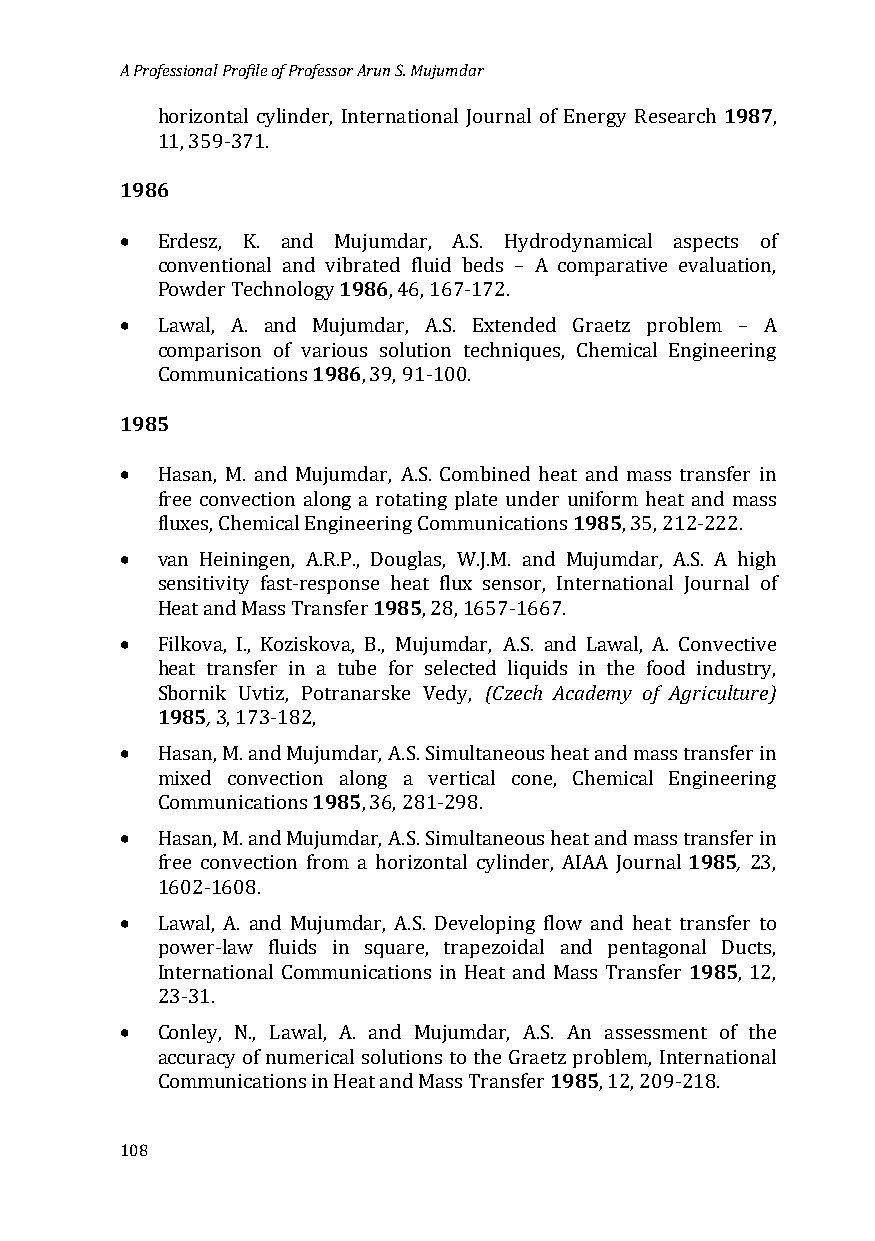
A Professional Profile of Professor Arun S. Mujumdar
 1987
 horizontal cylinder, International Journal of Energy Research ,
 198611 , 359-371.
 •
 Erdesz, K. and M1u9j8u6mdar, A.S. Hydrodynamical aspects of
 conventional and vibrated fluid beds – A comparative evaluation,
 •
 Powder Technology , 46, 167-172.
 Lawal, A. and M19u8ju6mdar, A.S. Extended Graetz problem – A
 comparison of various solution techniques, Chemical Engineering
 1985Co mmunications , 39, 91-100.
 •
 Hasan, M. and Mujumdar, A.S. Combined heat1 9an8d5 mass transfer in
 free convection along a rotating plate under uniform heat and mass
 •
 fluxes, Chemical Engineering Communications , 35, 212-222.
 van Heiningen, A.R.P., D1o9u8g5las, W.J.M. and Mujumdar, A.S. A high
 sensitivity fast-response heat flux sensor, International Journal of
 •
 Heat and Mass Transfer , 28, 1657-1667.
 Filkova, I., Koziskova, B., Mujumdar(,C Aze.Sc.h aAndca dLeamwya l,o Af .A Cgorincvueltcutirvee)
 h1e9a8t5 ,transfer in a tube for selected liquids in the food industry,
 Sbornik Uvtiz, Potranarske Vedy,
 •
 3, 173-182,
 Hasan, M. and Mu1ju9m8d5ar, A.S. Simultaneous heat and mass transfer in
 mixed convection along a vertical cone, Chemical Engineering
 •
 Communications , 36, 281-298.
 1985,
 Hasan, M. and Mujumdar, A.S. Simultaneous heat and mass transfer in
 free convection from a horizontal cylinder, AIAA Journal 23,
 •
 1602-1608.
 Lawal, A. and Mujumdar, A.S. Developing flow and heat tr1a9n8sf5er to
 power-law fluids in square, trapezoidal and pentagonal Ducts,
 International Communications in Heat and Mass Transfer , 12,
 •
 23-31.
 Conley, N., Lawal, A. and Mujumdar, A.S1. 9A8n5 assessment of the
 accuracy of numerical solutions to the Graetz problem, International
 Communications in Heat and Mass Transfer , 12, 209-218.
 108